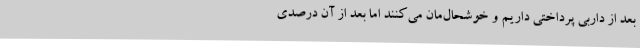
بعد از داربی پرداختی داریم و خوشحال‌مان می‌کنند اما بعد از آن درصدی